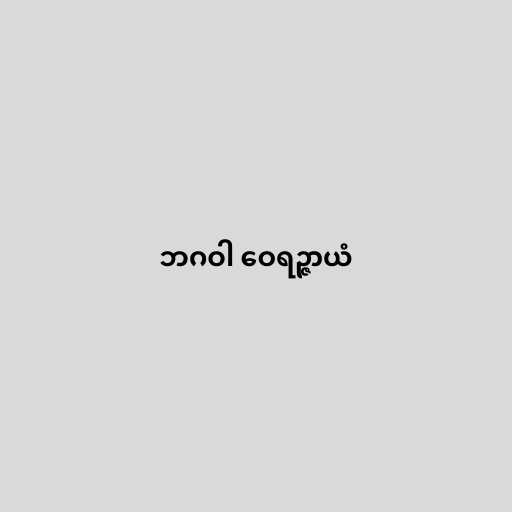
ဘဂဝါ ဝေရဉ္ဇာယံ